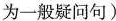
为一般疑问句)